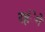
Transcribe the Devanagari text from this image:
रहंेगे